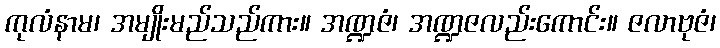
ကုလံနာမ၊ အမျိုးမည်သည်ကား။ အဏ္ဍဇံ၊ အဏ္ဍဇလည်းကောင်း။ ဇလာဗုဇံ၊